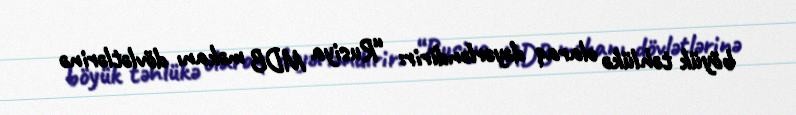
böyük təhlükə olaraq dəyərləndirir: “Rusiya MDB məkanı dövlətlərinə